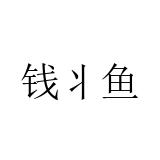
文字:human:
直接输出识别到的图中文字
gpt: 钱丬鱼